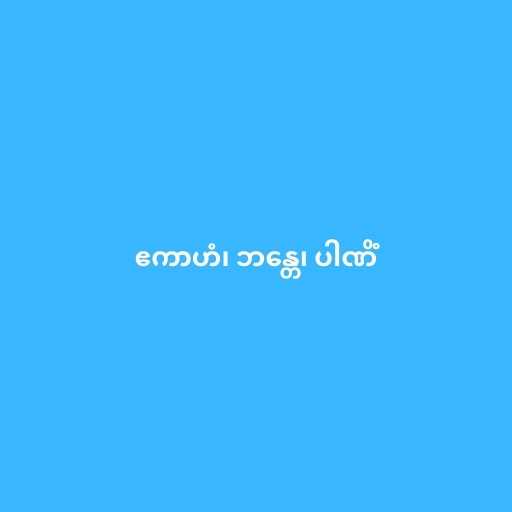
ဧကာဟံ၊ ဘန္တေ၊ ပါဏိံ